Insane asylums in Bengal annual reports 1867-1875 - 1867-1875
Year: 1867
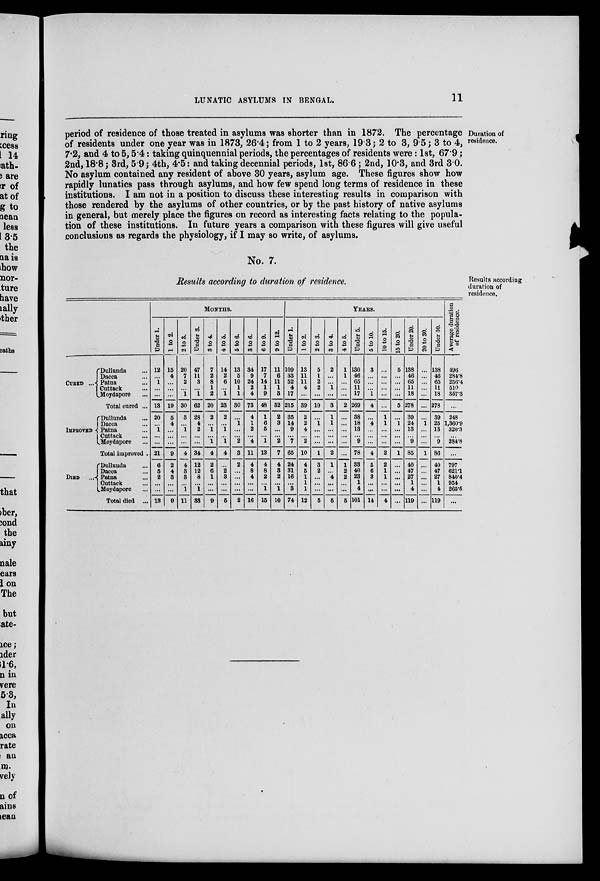
LUNATIC ASYLUMS IN BENGAL.
11
Duration of
residence.
period of residence of those treated in asylums was shorter than in 1872. The percentage
of residents under one year was in 1873, 26.4; from 1 to 2 years, 19.3; 2 to 3, 9.5; 3 to 4,
7.2, and 4 to 5,5.4 : taking quinquennial periods, the percentages of residents were : 1st, 67.9 ;
2nd, 18.8; 3rd, 5.9 ; 4th, 4.5: and taking decennial periods, 1st, 86.6 ; 2nd, 10.3, and 3rd 3.0.
No asylum contained any resident of above 30 years, asylum age. These figures show how
rapidly lunatics pass through asylums, and how few spend long terms of residence in these
institutions. I am not in a position to discuss these interesting results in comparison with
those rendered by the asylums of other countries, or by the past history of native asylums
in general, but merely place the figures on record as interesting facts relating to the popula-
tion of these institutions. In future years a comparison with these figures will give useful
conclusions as regards the physiology, if I may so write, of asylums.
No. 7.
Results according to duration of residence.
Results according
duration of
residence.
CURED ...
Dullunda ...
Dacca ...
Patna ...
Cuttack ...
Moydapore ...
Total cured ...
IMPROVED...
Dullunda
Dacca ...
Patna ...
Cuttack ...
Moydapore ...
Total improved .
DIED
...
Dullunda ...
Dacca ...
Patna ...
Cuttack ...
Moydapore ...
Total died ...
MONTHS.
Under 1.
12
. ..
1
. ..
...
13
20
...
1
...
...
21
6
5
2
...
...
13
1 to 2.
15
4
...
...
...
19
5
4
...
...
...
9
2
4
3
...
...
9
2 to 3.
20
7
2
...
1
30
3
...
1
...
...
4
4
3
3
...
1
11
Under 3.
47
11
3
...
1
62
28
4
2
...
...
34
12
12
8
...
1
33
3 to 4.
7
2
8
1
2
20
2
...
1
...
1
4
2
6
1
...
...
9
4 to 5.
14
2
6
...
1
23
2
...
1
...
1
4
...
2
3
...
...
5
5 to 6.
13
5
10
1
1
30
...
1
...
...
2
3
2
...
...
...
...
2
3 to 6.
34
9
24
2
4
73
4
1
2
...
4
11
4
8
4
...
...
16
6 to 9.
17
7
14
1
9
48
1
6
5
...
4
13
4
8
2
...
1
15
9 to 12.
11
6
11
1
3
32
2
3
...
...
2
7
4
3
2
...
1
10
YEARS.
Under 1.
109
33
52
4
17
215
35
14
9
...
7
65
24
31
16
...
3
74
1 to 2.
13
11
11
4
...
39
2
2
4
...
2
10
4
5
1
1
1
12
2 to 3.
5
1
2
2
...
10
...
1
...
...
...
1
3
2
...
...
...
5
3 to 4.
2
...
...
1
...
3
1
1
...
...
...
2
1
...
4
...
...
5
4 to 5.
1
1
...
...
...
2
...
...
...
...
...
...
1
2
2
...
...
5
Under 5.
130
46
65
11
17
269
38
18
13
9
78
38
40
28
1
4
101
5 to 10.
3
...
...
...
1
4
...
4
...
...
4
5
6
3
...
...
14
10 to 15.
...
...
...
...
...
...
1
1
...
...
2
2
1
1
...
...
4
15 to 20.
5
...
. ..
. ..
...
5
...
1
...
...
1
...
...
...
...
...
Under 20.
138
46
65
11
18
278
39
24
13
...
9
85
40
47
27
1
4
119
20 to 30.
...
...
...
...
...
...
...
1
...
...
...
1
...
...
...
...
...
...
Under 30.
138
46
65
11
18
278
39
25
13
...
9
86
40
47
27
1
4
119
Average duration
of residence.
496
284.8
256.4
510
357.3
...
248
1,360.9
320.3
...
284.8
...
797
621.1
840.4
954
265.5
...